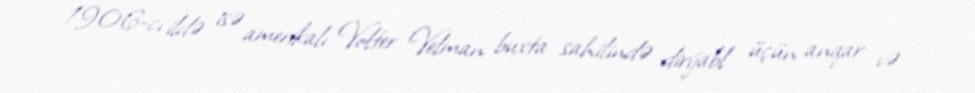
1906-cı ildə isə amerikalı Volter Velman buxta sahilində dirijabl üçün anqar və